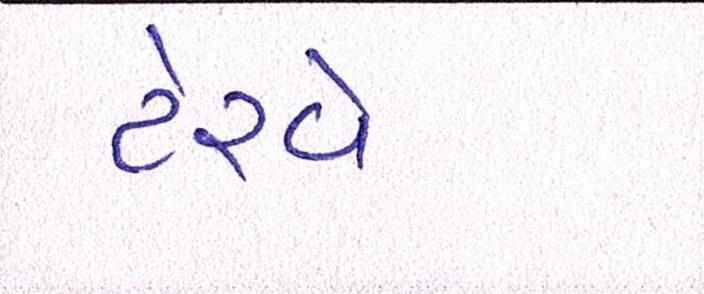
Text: ટેરવે